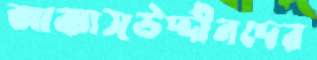
আব্বাসউদ্দীনদের